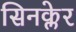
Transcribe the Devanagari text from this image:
सिनक्लेर